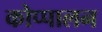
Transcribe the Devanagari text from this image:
कोप्पालन